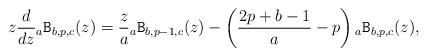
LaTeX: \begin{align*} z\frac{d}{dz}{}_{a}\mathtt{B}_{b, p,c}(z) =\frac{z}{a}{}_{a}\mathtt{B}_{b, p-1,c}(z) -\left(\frac{2p+b-1}{a}- p\right) {}_{a}\mathtt{B}_{b, p,c}(z),\end{align*}